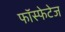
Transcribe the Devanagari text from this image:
फॉस्फेटेज